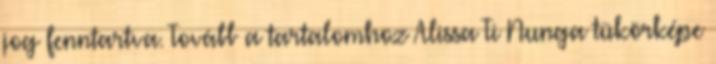
jog fenntartva. Tovább a tartalomhoz Alissa Ti Nunga tükörképe